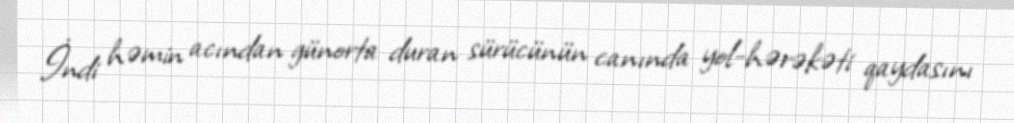
İndi həmin acından günorta duran sürücünün canında yol-hərəkəti qaydasını